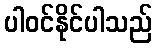
ပါဝင်နိုင်ပါသည်